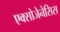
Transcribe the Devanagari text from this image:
एक्सोजेनेसिस